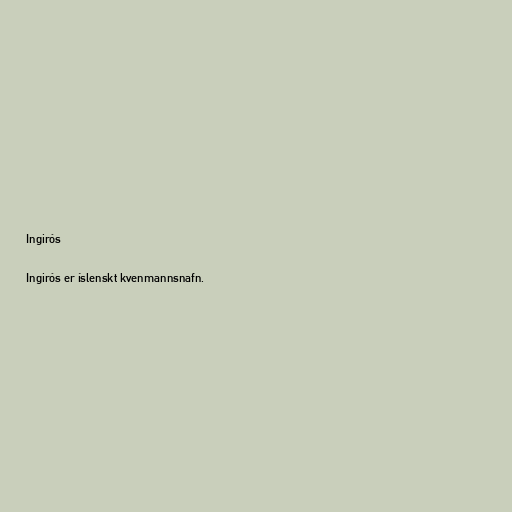
Ingirós

Ingirós er íslenskt kvenmannsnafn.